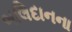
બલિદાનના